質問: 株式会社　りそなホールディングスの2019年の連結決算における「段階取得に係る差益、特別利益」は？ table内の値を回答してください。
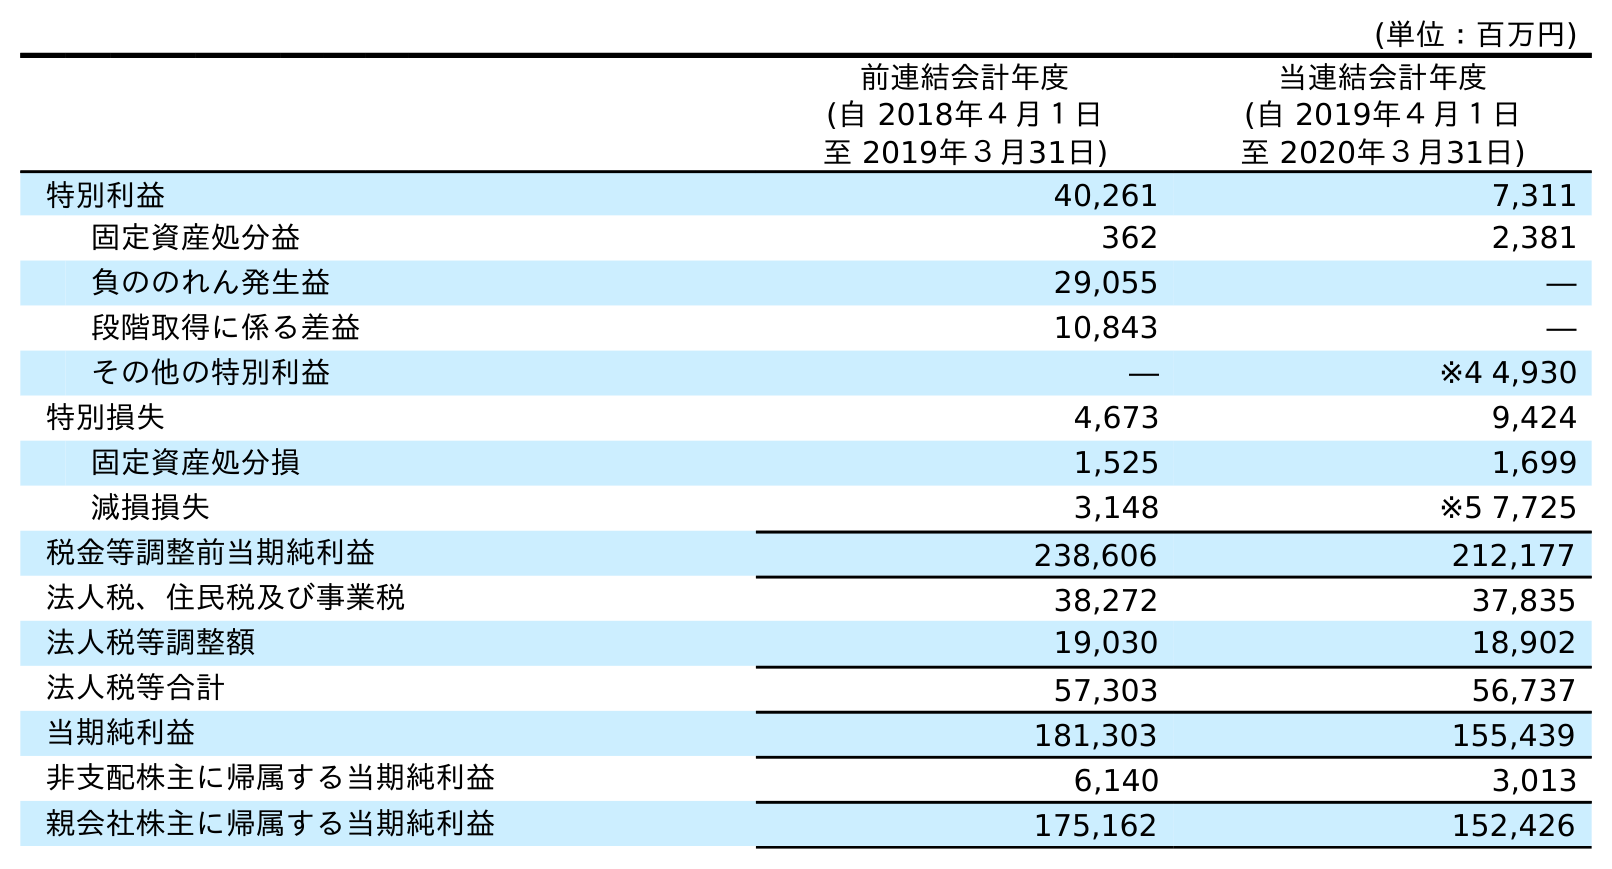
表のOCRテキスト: (単位：百万円) 前連結会計年度 (自 2018年４月１日 至 2019年３月31日) 当連結会計年度 (自 2019年４月１日 至 2020年３月31日) 特別利益 40,261 7,311 固定資産処分益 362 2,381 負ののれん発生益 29,055 ― 段階取得に係る差益 10,843 ― その他の特別利益 ― ※4 4,930 特別損失 4,673 9,424 固定資産処分損 1,525 1,699 減損損失 3,148 ※5 7,725 税金等調整前当期純利益 238,606 212,177 法人税、住民税及び事業税 38,272 37,835 法人税等調整額 19,030 18,902 法人税等合計 57,303 56,737 当期純利益 181,303 155,439 非支配株主に帰属する当期純利益 6,140 3,013 親会社株主に帰属する当期純利益 175,162 152,426
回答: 10,843